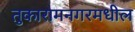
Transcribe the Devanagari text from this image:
तुकारामनगरमधील